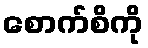
စောက်စိကို